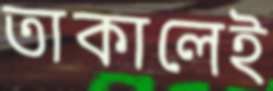
তাকালেই